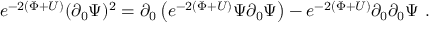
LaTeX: e ^ { - 2 \left( \Phi + U \right) } ( \partial _ { 0 } \Psi ) ^ { 2 } = \partial _ { 0 } \left( e ^ { - 2 \left( \Phi + U \right) } \Psi \partial _ { 0 } \Psi \right) - e ^ { - 2 \left( \Phi + U \right) } \partial _ { 0 } \partial _ { 0 } \Psi \ .